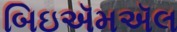
બિઇઍમઍલ